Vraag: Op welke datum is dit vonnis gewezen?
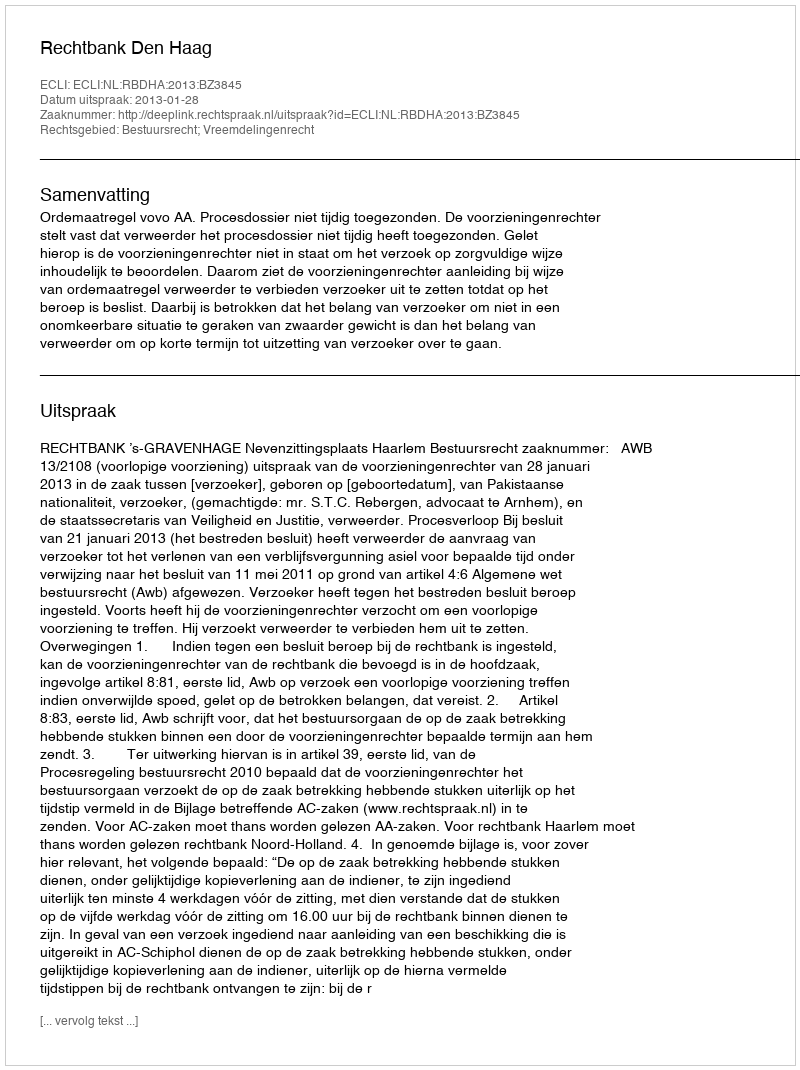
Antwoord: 2013-01-28